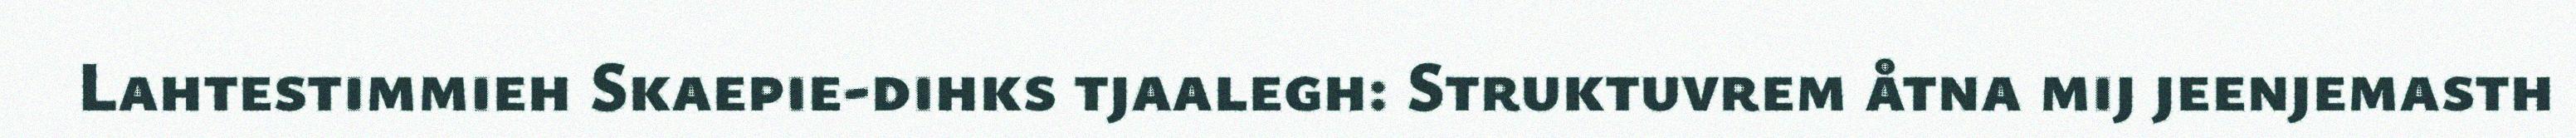
Lahtestimmieh Skaepie-dihks tjaalegh: Struktuvrem åtna mij jeenjemasth